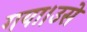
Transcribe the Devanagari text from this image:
गया।उसे